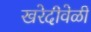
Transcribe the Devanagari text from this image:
खरेदीवेळी